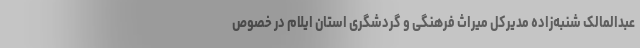
عبدالمالک شنبه‌زاده مدیرکل میراث فرهنگی و گردشگری استان ایلام در خصوص